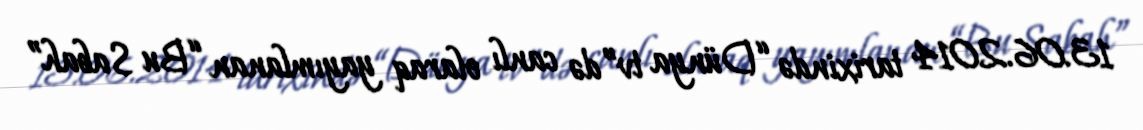
13.06.2014 tarixində “Dünya tv”də canlı olaraq yayımlanan “Bu Sabah”